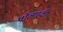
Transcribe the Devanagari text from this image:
पोलांस्की